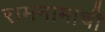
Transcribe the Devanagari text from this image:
रामनामाची